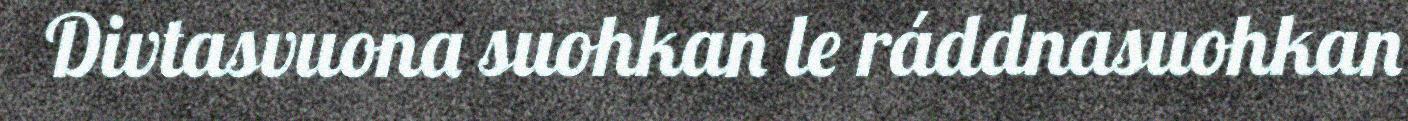
Divtasvuona suohkan le ráddnasuohkan